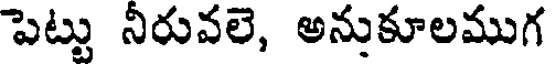
పెట్టు నీరువలె, అనుకూలముగ